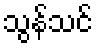
သွန်သင်